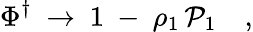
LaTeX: \Phi^{\dagger}\ \to\ 1\ -\ \rho_{1}\, \mathcal{P}_{1}\quad,